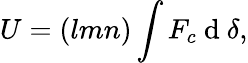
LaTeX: U=(lmn)\int F_{c}\mathrm{~d~}{\delta},